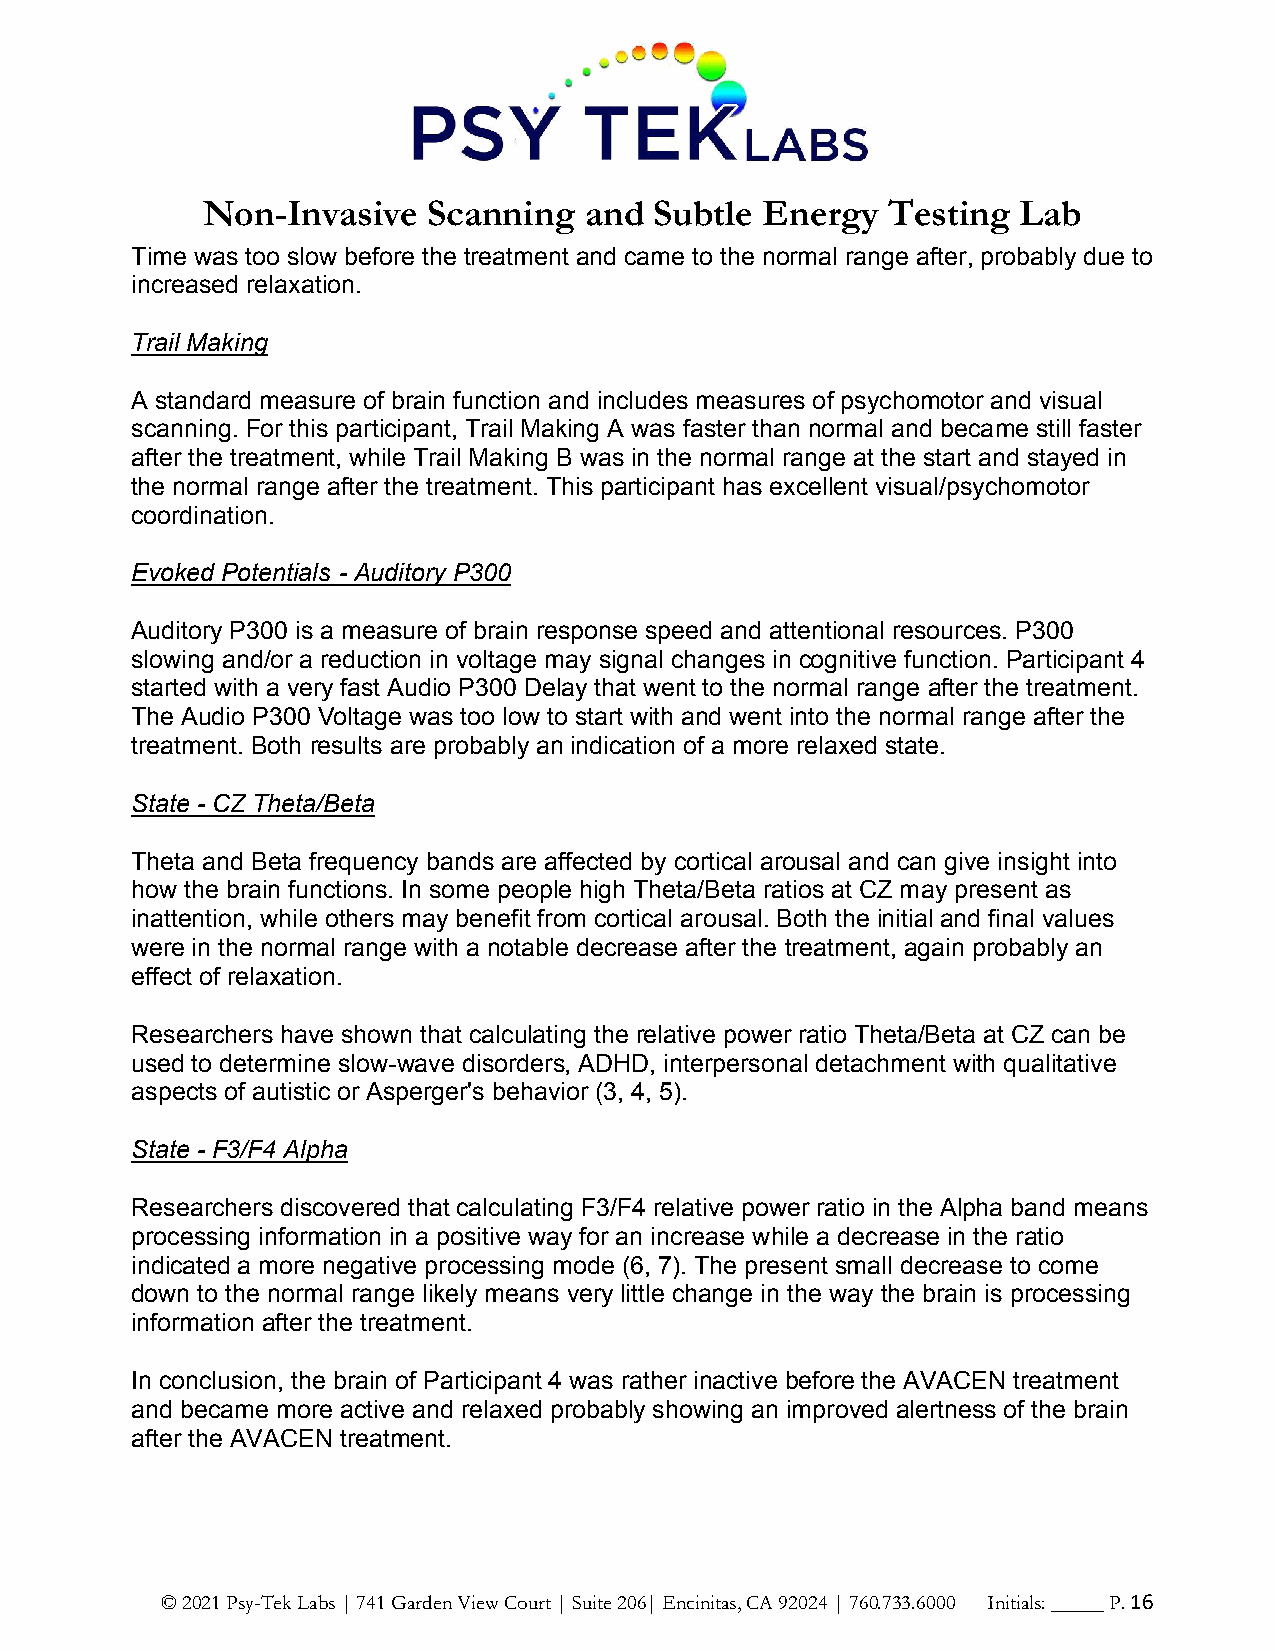
Non-Invasive   Scanning   and Subtle Energy   Testing  Lab
 Time was too slow before the treatment and came to the normal range after, probably due to
 increased relaxation.
 Trail Making
 A standard measure of brain function and includes measures of psychomotor and visual
 scanning. For this participant, Trail Making A was faster than normal and became still faster
 after the treatment, while Trail Making B was in the normal range at the start and stayed in
 the normal range after the treatment. This participant has excellent visual/psychomotor
 coordination.
 Evoked Potentials - Auditory P300
 Auditory P300 is a measure of brain response speed and attentional resources. P300
 slowing and/or a reduction in voltage may signal changes in cognitive function. Participant 4
 started with a very fast Audio P300 Delay that went to the normal range after the treatment.
 The Audio P300 Voltage was too low to start with and went into the normal range after the
 treatment. Both results are probably an indication of a more relaxed state.
 State - CZ Theta/Beta
 Theta and Beta frequency bands are affected by cortical arousal and can give insight into
 how the brain functions. In some people high Theta/Beta ratios at CZ may present as
 inattention, while others may benefit from cortical arousal. Both the initial and final values
 were in the normal range with a notable decrease after the treatment, again probably an
 effect of relaxation.
 Researchers have shown that calculating the relative power ratio Theta/Beta at CZ can be
 used to determine slow-wave disorders, ADHD, interpersonal detachment with qualitative
 aspects of autistic or Asperger's behavior (3, 4, 5).
 State - F3/F4 Alpha
 Researchers discovered that calculating F3/F4 relative power ratio in the Alpha band means
 processing information in a positive way for an increase while a decrease in the ratio
 indicated a more negative processing mode (6, 7). The present small decrease to come
 down to the normal range likely means very little change in the way the brain is processing
 information after the treatment.
 In conclusion, the brain of Participant 4 was rather inactive before the AVACEN treatment
 and became more active and relaxed probably showing an improved alertness of the brain
 after the AVACEN treatment.
 © 2021 Psy-Tek Labs | 741 Garden View Court | Suite 206| Encinitas, CA 92024 | 760.733.6000 Initials: _____ P. 16